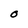
Character: O